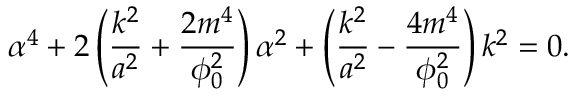
\alpha ^ { 4 } + 2 \left( \frac { k ^ { 2 } } { a ^ { 2 } } + \frac { 2 m ^ { 4 } } { \phi _ { 0 } ^ { 2 } } \right) \alpha ^ { 2 } + \left( \frac { k ^ { 2 } } { a ^ { 2 } } - \frac { 4 m ^ { 4 } } { \phi _ { 0 } ^ { 2 } } \right) k ^ { 2 } = 0 .